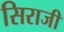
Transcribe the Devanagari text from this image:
सिराजी